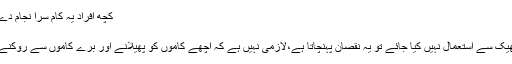
کچھ افراد یہ کام سرا نجام دے رہے ہیں، ایڈمن کا انٹرویومیں اظہار خیال
انٹرویو: عارف رمضان جتوئی
وقت دو دھاری تلوار کی ماند ہے جس کا ٹھیک سے استعمال نہیں کیا جائے تو یہ نقصان پہنچاتا ہے،لازمی نہیں ہے کہ اچھے کاموں کو پھیلانے اور برے کاموں سے روکنے کے لیے منبر و محراب ہوناضروری ہے۔